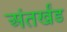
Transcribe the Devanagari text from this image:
अंतर्खंड